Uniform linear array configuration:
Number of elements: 12
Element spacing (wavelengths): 0.5
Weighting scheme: hann
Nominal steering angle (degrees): -60
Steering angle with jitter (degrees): -60.152
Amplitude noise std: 0.05
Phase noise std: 0.05

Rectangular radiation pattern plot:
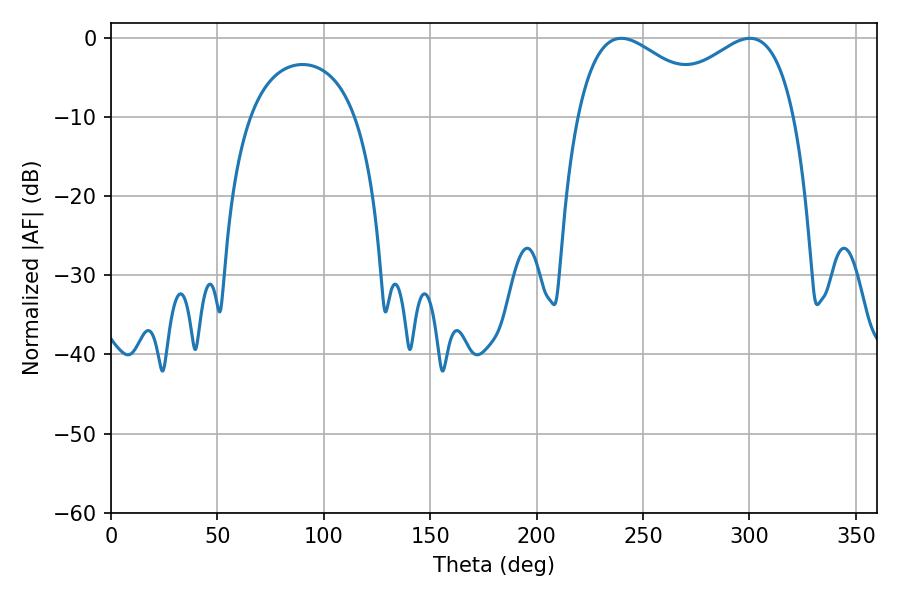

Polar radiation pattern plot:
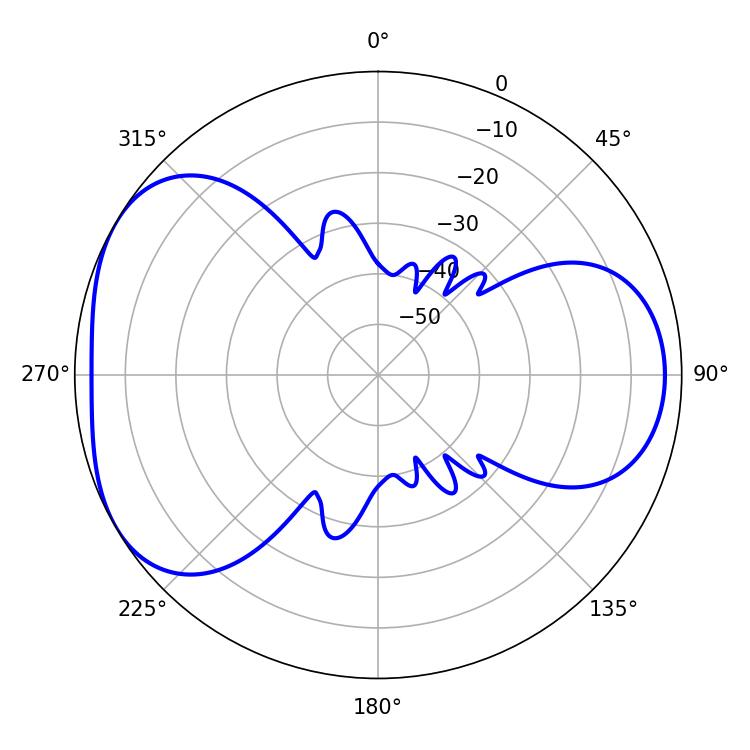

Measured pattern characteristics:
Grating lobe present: FALSE
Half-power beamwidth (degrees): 36.18
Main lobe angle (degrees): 239.76